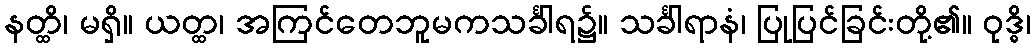
နတ္ထိ၊ မရှိ။ ယတ္ထ၊ အကြင်တေဘူမကသင်္ခါရ၌။ သင်္ခါရာနံ၊ ပြုပြင်ခြင်းတို့၏။ ဝုဒ္ဓိ၊